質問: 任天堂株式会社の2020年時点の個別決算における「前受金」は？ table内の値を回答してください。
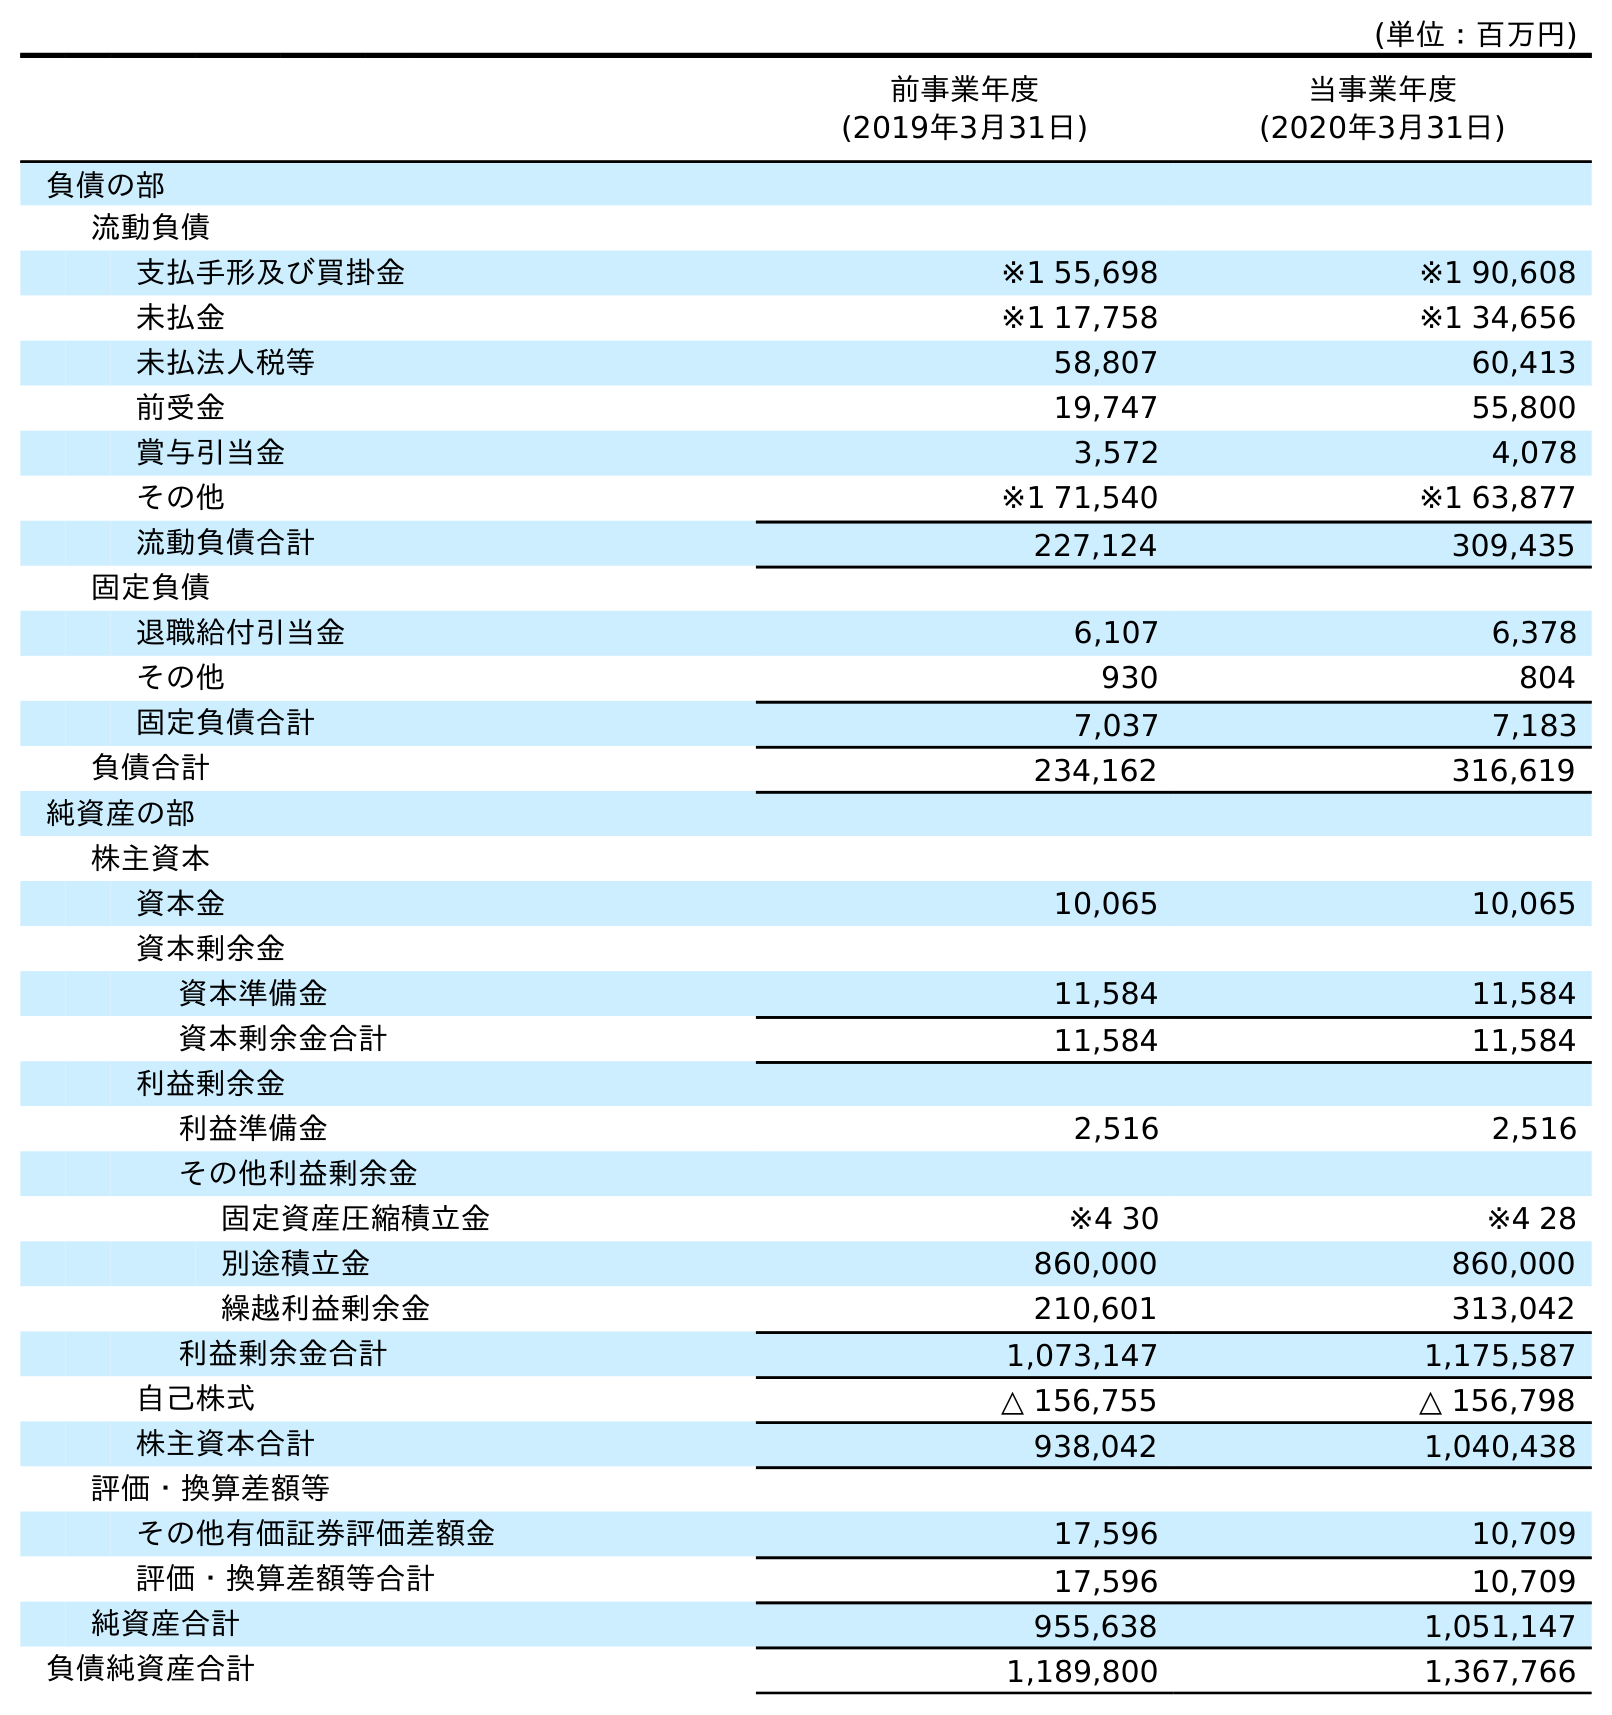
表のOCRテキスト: (単位：百万円) 前事業年度 (2019年3月31日) 当事業年度 (2020年3月31日) 負債の部 流動負債 支払手形及び買掛金 ※1 55,698 ※1 90,608 未払金 ※1 17,758 ※1 34,656 未払法人税等 58,807 60,413 前受金 19,747 55,800 賞与引当金 3,572 4,078 その他 ※1 71,540 ※1 63,877 流動負債合計 227,124 309,435 固定負債 退職給付引当金 6,107 6,378 その他 930 804 固定負債合計 7,037 7,183 負債合計 234,162 316,619 純資産の部 株主資本 資本金 10,065 10,065 資本剰余金 資本準備金 11,584 11,584 資本剰余金合計 11,584 11,584 利益剰余金 利益準備金 2,516 2,516 その他利益剰余金 固定資産圧縮積立金 ※4 30 ※4 28 別途積立金 860,000 860,000 繰越利益剰余金 210,601 313,042 利益剰余金合計 1,073,147 1,175,587 自己株式 △ 156,755 △ 156,798 株主資本合計 938,042 1,040,438 評価・換算差額等 その他有価証券評価差額金 17,596 10,709 評価・換算差額等合計 17,596 10,709 純資産合計 955,638 1,051,147 負債純資産合計 1,189,800 1,367,766
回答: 55,800